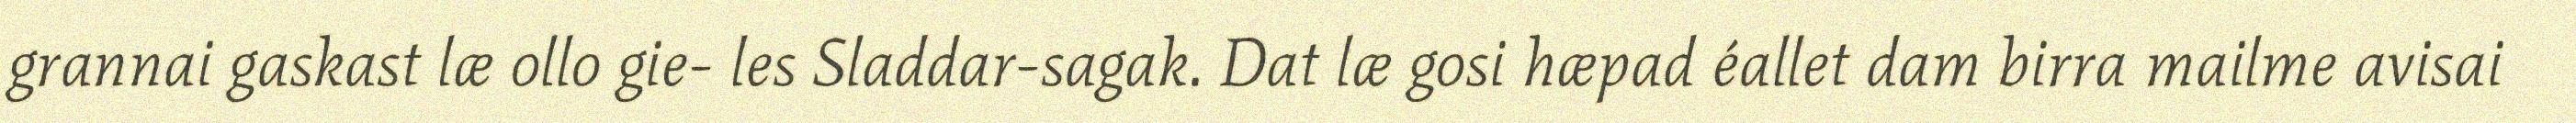
grannai gaskast læ ollo gie- les Sladdar-sagak. Dat læ gosi hæpad éallet dam birra mailme avisai